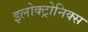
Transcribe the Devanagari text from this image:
इलोक्ट्रोनिक्स